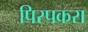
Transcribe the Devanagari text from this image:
पिरपकरा